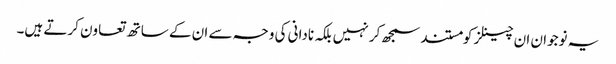
یہ نوجوان ان چینلز کومستند سمجھ کر نہیں بلکہ نادانی کی وجہ سے ان کے ساتھ تعاون کرتے ہیں۔